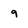
Character: 9